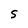
Character: S